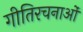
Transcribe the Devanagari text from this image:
गीतिरचनाओं